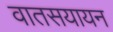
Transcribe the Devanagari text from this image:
वातसयायन